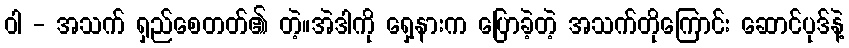
ဝါ - အသက် ရှည်စေတတ်၏ တဲ့။အဲဒါကို ရှေ့နားက ပြောခဲ့တဲ့ အသက်တိုကြောင်း ဆောင်ပုဒ်နဲ့